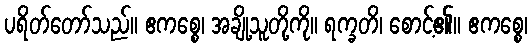
ပရိတ်တော်သည်။ ဧကစ္စေ၊ အချို့သူတို့ကို။ ရက္ခတိ၊ စောင့်၏။ ဧကစ္စေ၊